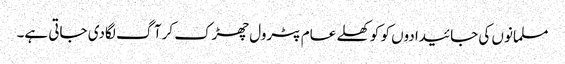
مسلمانوں کی جائیدادوں کو کو کھلے عام پٹرول چھڑک کرآگ لگادی جاتی ہے۔